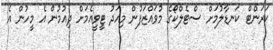
ކަރަންޓް ކަނޑާލުމަށް ސްޓެލްކޯގެ މުވައްޒަފުން މިއަދު ޓީވީއެމަށް ދިއުމުން އެ މީހުން އެ